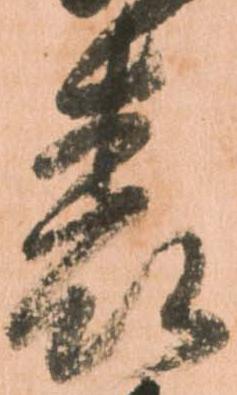
表